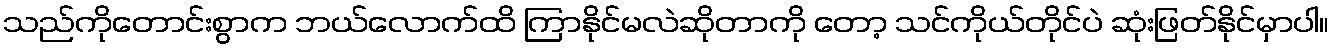
သည်ကိုတောင်းစွာက ဘယ်လောက်ထိ ကြာနိုင်မလဲဆိုတာကို တော့ သင်ကိုယ်တိုင်ပဲ ဆုံးဖြတ်နိုင်မှာပါ။